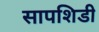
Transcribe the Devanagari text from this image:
सापशिडी